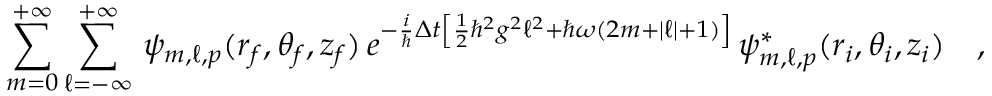
\sum _ { m = 0 } ^ { + \infty } \sum _ { \ell = - \infty } ^ { + \infty } \, \psi _ { m , \ell , p } ( r _ { f } , \theta _ { f } , z _ { f } ) \, e ^ { - \frac { i } { \hbar } \Delta t \left[ \frac { 1 } { 2 } \hbar ^ { 2 } g ^ { 2 } \ell ^ { 2 } + \hbar \omega ( 2 m + | \ell | + 1 ) \right] } \, \psi _ { m , \ell , p } ^ { * } ( r _ { i } , \theta _ { i } , z _ { i } ) \ \ \ ,